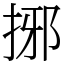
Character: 捓